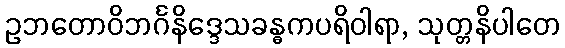
ဥဘတောဝိဘင်္ဂနိဒ္ဒေသခန္ဓကပရိဝါရာ, သုတ္တနိပါတေ